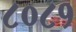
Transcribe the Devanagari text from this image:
८०८१